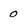
Character: 0